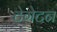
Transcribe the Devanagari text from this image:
टेगेटन